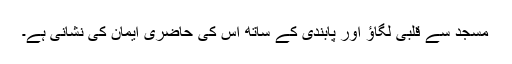
مسجد سے قلبی لگاؤ اور پابندی کے ساتھ اس کی حاضری ایمان کی نشانی ہے۔